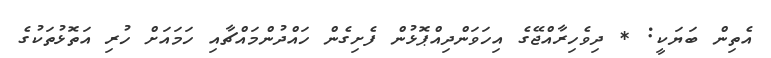
އެތިން ބަޔަކީ: * ދިވެހިރާއްޖޭގެ އިހަވަންދިއްޕޮޅުން ފެށިގެން ހައްދުންމައްޗާއި ހަމައަށް ހުރި އަތޮޅުތަކުގެ